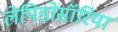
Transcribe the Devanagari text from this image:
लेपिडोसॉरिया